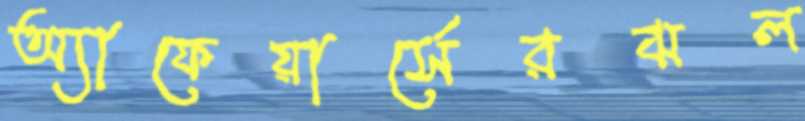
অ্যাফেয়ার্সেরঝল